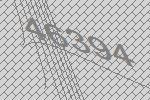
46394